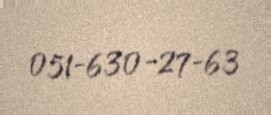
051-630-27-63